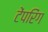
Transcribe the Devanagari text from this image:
टेंपरिंग